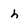
Character: h